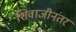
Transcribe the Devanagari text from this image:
शिवाजीनंतर